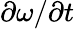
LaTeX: \partial\omega/\partial t